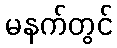
မနက်တွင်